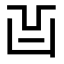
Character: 𠙿